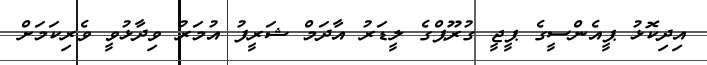
އިދިކޮޅު ޕީއެންސީގެ ޕީޖީ ގުރޫޕްގެ ލީޑަރު އާދަމް ޝަރީފު އުމަރު ވިދާޅުވީ ވެރިކަމަށް